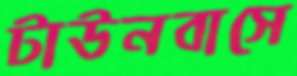
টাউনবাসে